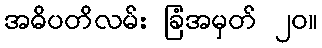
အဓိပတိလမ်း ခြံအမှတ် ၂၀။